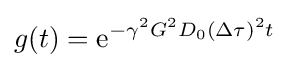
g(t)=\mathrm {e} ^{-\gamma ^{2}G^{2}D_{0}(\Delta \tau )^{2}t}